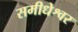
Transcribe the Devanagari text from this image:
समीधेश्वर